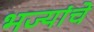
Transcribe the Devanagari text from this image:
भज्यांचे